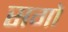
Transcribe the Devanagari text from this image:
सगों